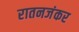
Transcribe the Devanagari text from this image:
रातनजंकर